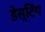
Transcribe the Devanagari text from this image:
डेस्टिंग